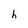
Character: h